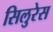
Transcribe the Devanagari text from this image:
सिलुरेस